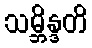
သမ္ဘိန္ဒတိ